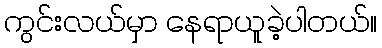
ကွင်းလယ်မှာ နေရာယူခဲ့ပါတယ်။